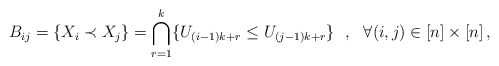
\begin{align*} B_{ij}=\left\{X_i\prec X_j\right\}= \bigcap\limits_{r=1}^k \{U_{(i-1)k+r} \leq U_{(j-1)k+r}\}\ \ , \ \ \forall (i,j)\in[n]\times[n]\,,\end{align*}